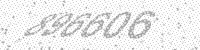
Solution: 896606